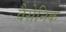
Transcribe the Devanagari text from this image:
वैसेनिक